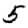
Digit: 5